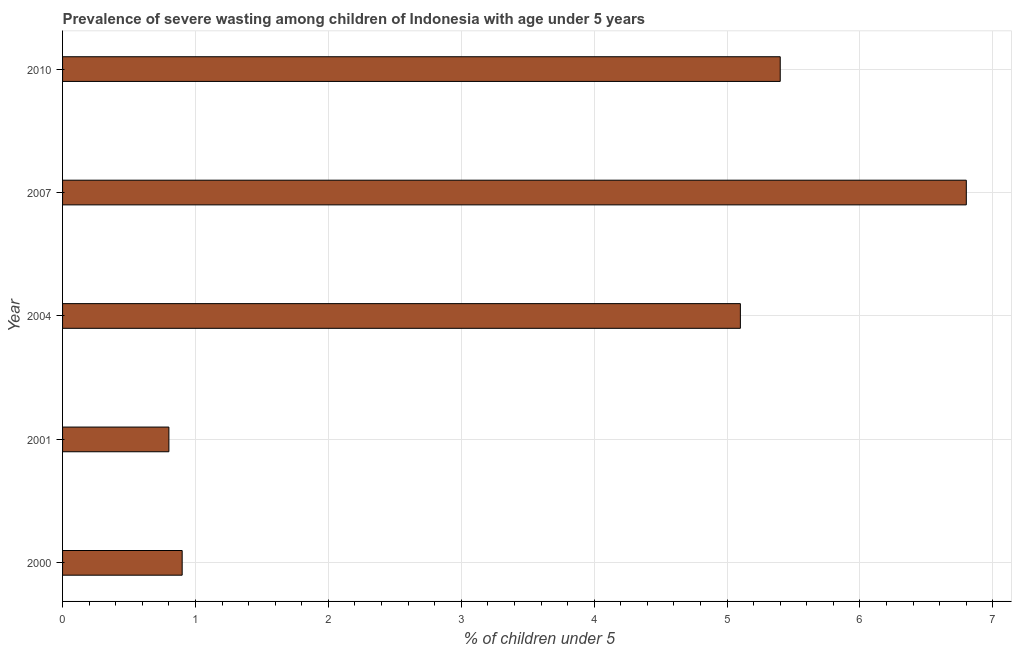
| Year | Prevalence of severe wasting |
 | --- | --- |
 | 2000 | 0.9 |
 | 2001 | 0.8 |
 | 2004 | 5.1 |
 | 2007 | 6.8 |
 | 2010 | 5.4 |